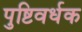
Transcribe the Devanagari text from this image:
पुष्टिवर्धक